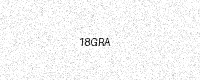
Text: 18GRA